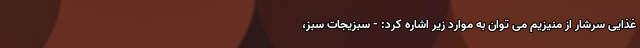
غذایی سرشار از منیزیم می توان به موارد زیر اشاره کرد: - سبزیجات سبز،